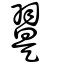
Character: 翨